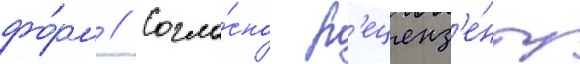
фо́рм // Согла́сно р'еценз'е́нту